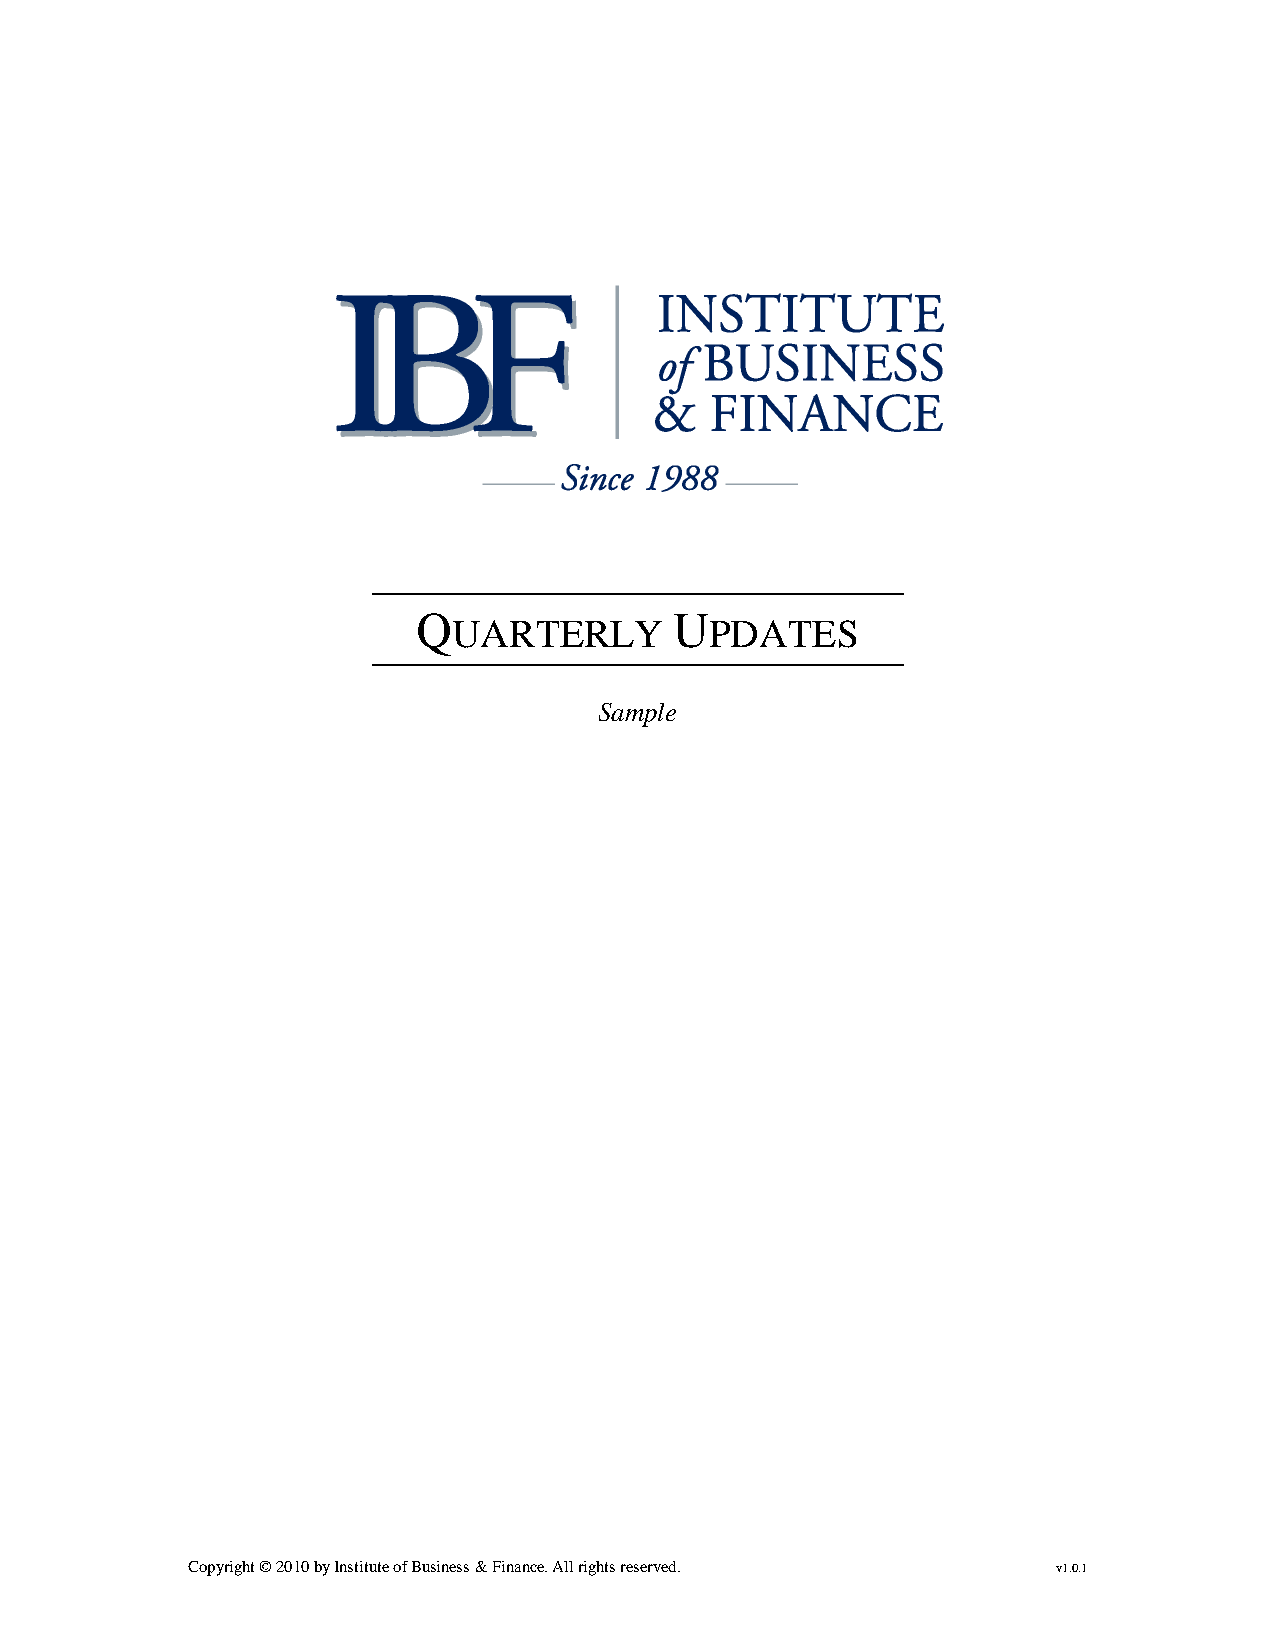
Q                U
 UARTERLY         PDATES
 Sample
 Copyright © 2010 by Institute of Business & Finance. All rights reserved. v1.0.1